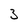
Character: 3